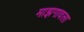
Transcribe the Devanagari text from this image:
माझगावला